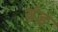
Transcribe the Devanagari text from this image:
वंड